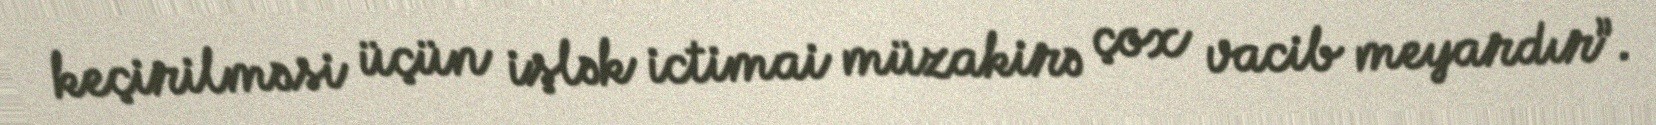
keçirilməsi üçün işlək ictimai müzakirə çox vacib meyardır”.